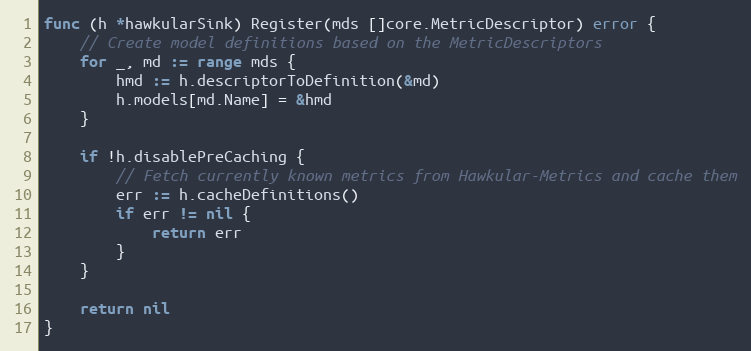
Language: Go
func (h *hawkularSink) Register(mds []core.MetricDescriptor) error {
	// Create model definitions based on the MetricDescriptors
	for _, md := range mds {
		hmd := h.descriptorToDefinition(&md)
		h.models[md.Name] = &hmd
	}

	if !h.disablePreCaching {
		// Fetch currently known metrics from Hawkular-Metrics and cache them
		err := h.cacheDefinitions()
		if err != nil {
			return err
		}
	}

	return nil
}